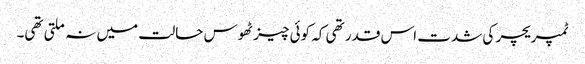
ٹمپریچر کی شدت اس قدر تھی کہ کوئی چیز ٹھوس حالت میں نہ ملتی تھی۔